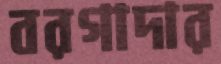
বরগাদার